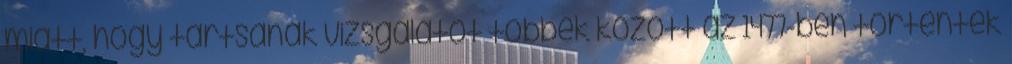
miatt, hogy tartsanak vizsgálatot többek között az 1477-ben történtek